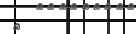
٨